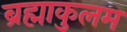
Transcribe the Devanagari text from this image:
ब्रह्माकुलम